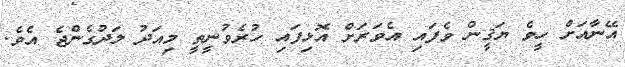
އޭނާއަށް ހީވެ ޔަޤީން ވެފައި އެވަރަށް އޮޅިފައި ހުރެވުނީތީ މިއަދު ލަދުގެންޖެ އެވެ.